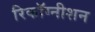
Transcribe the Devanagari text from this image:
रिकाॅग्नीशन